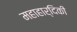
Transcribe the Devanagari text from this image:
महाहार्दिकी